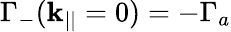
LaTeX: \Gamma_{-}(\mathbf{k}_{||}=0)=-\Gamma_{a}